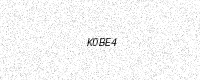
Text: K0BE4